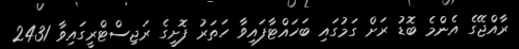
ރާއްޖޭގެ އެންމެ ބޮޑު ރަށް ގަމުގައި ބަހައްޓާފައިވާ ހަތަރު ފޮށީގެ ރަޖިސްޓްރީގައިވާ 2431